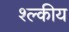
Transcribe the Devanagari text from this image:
श्ल्कीय